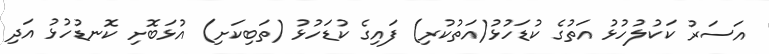
އަސަރު ކަކުލުހުޅު އަތުގެ ކުޑަހުޅު(އަތުކުރި) ފައިގެ ކުޑަހުޅު (ތަބިކަށި) އުޅަބޮށި ކޮނޑުހުޅު އަދި